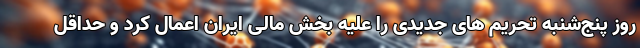
روز پنج‌شنبه تحریم های جدیدی را علیه بخش مالی ایران اعمال کرد و حداقل